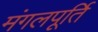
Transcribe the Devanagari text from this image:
मंगलपूर्ति